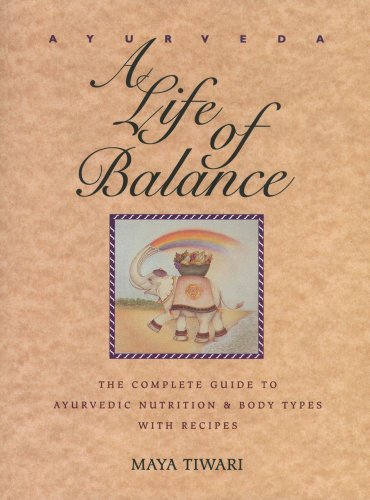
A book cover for Ayurveda: A Life of Balance: The Complete Guide to Ayurvedic Nutrition & Body Types with Recipes; Maya Tiwari; Health, Fitness & Dieting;